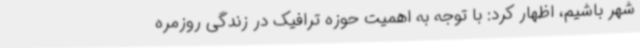
شهر باشیم، اظهار کرد: با توجه به اهمیت حوزه ترافیک در زندگی روزمره